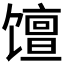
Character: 𫗴